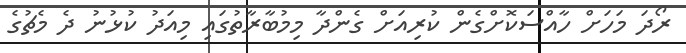
ރޯދަ މަހަށް ހާއްސަކޮށްގެން ކުރިއަށް ގެންދާ މިމުބާރާތުގައި މިއަދު ކުޅުނު ދެ މެޗުގެ